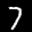
Label: 7